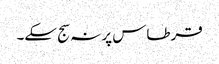
قرطاس پر نہ سج سکے۔